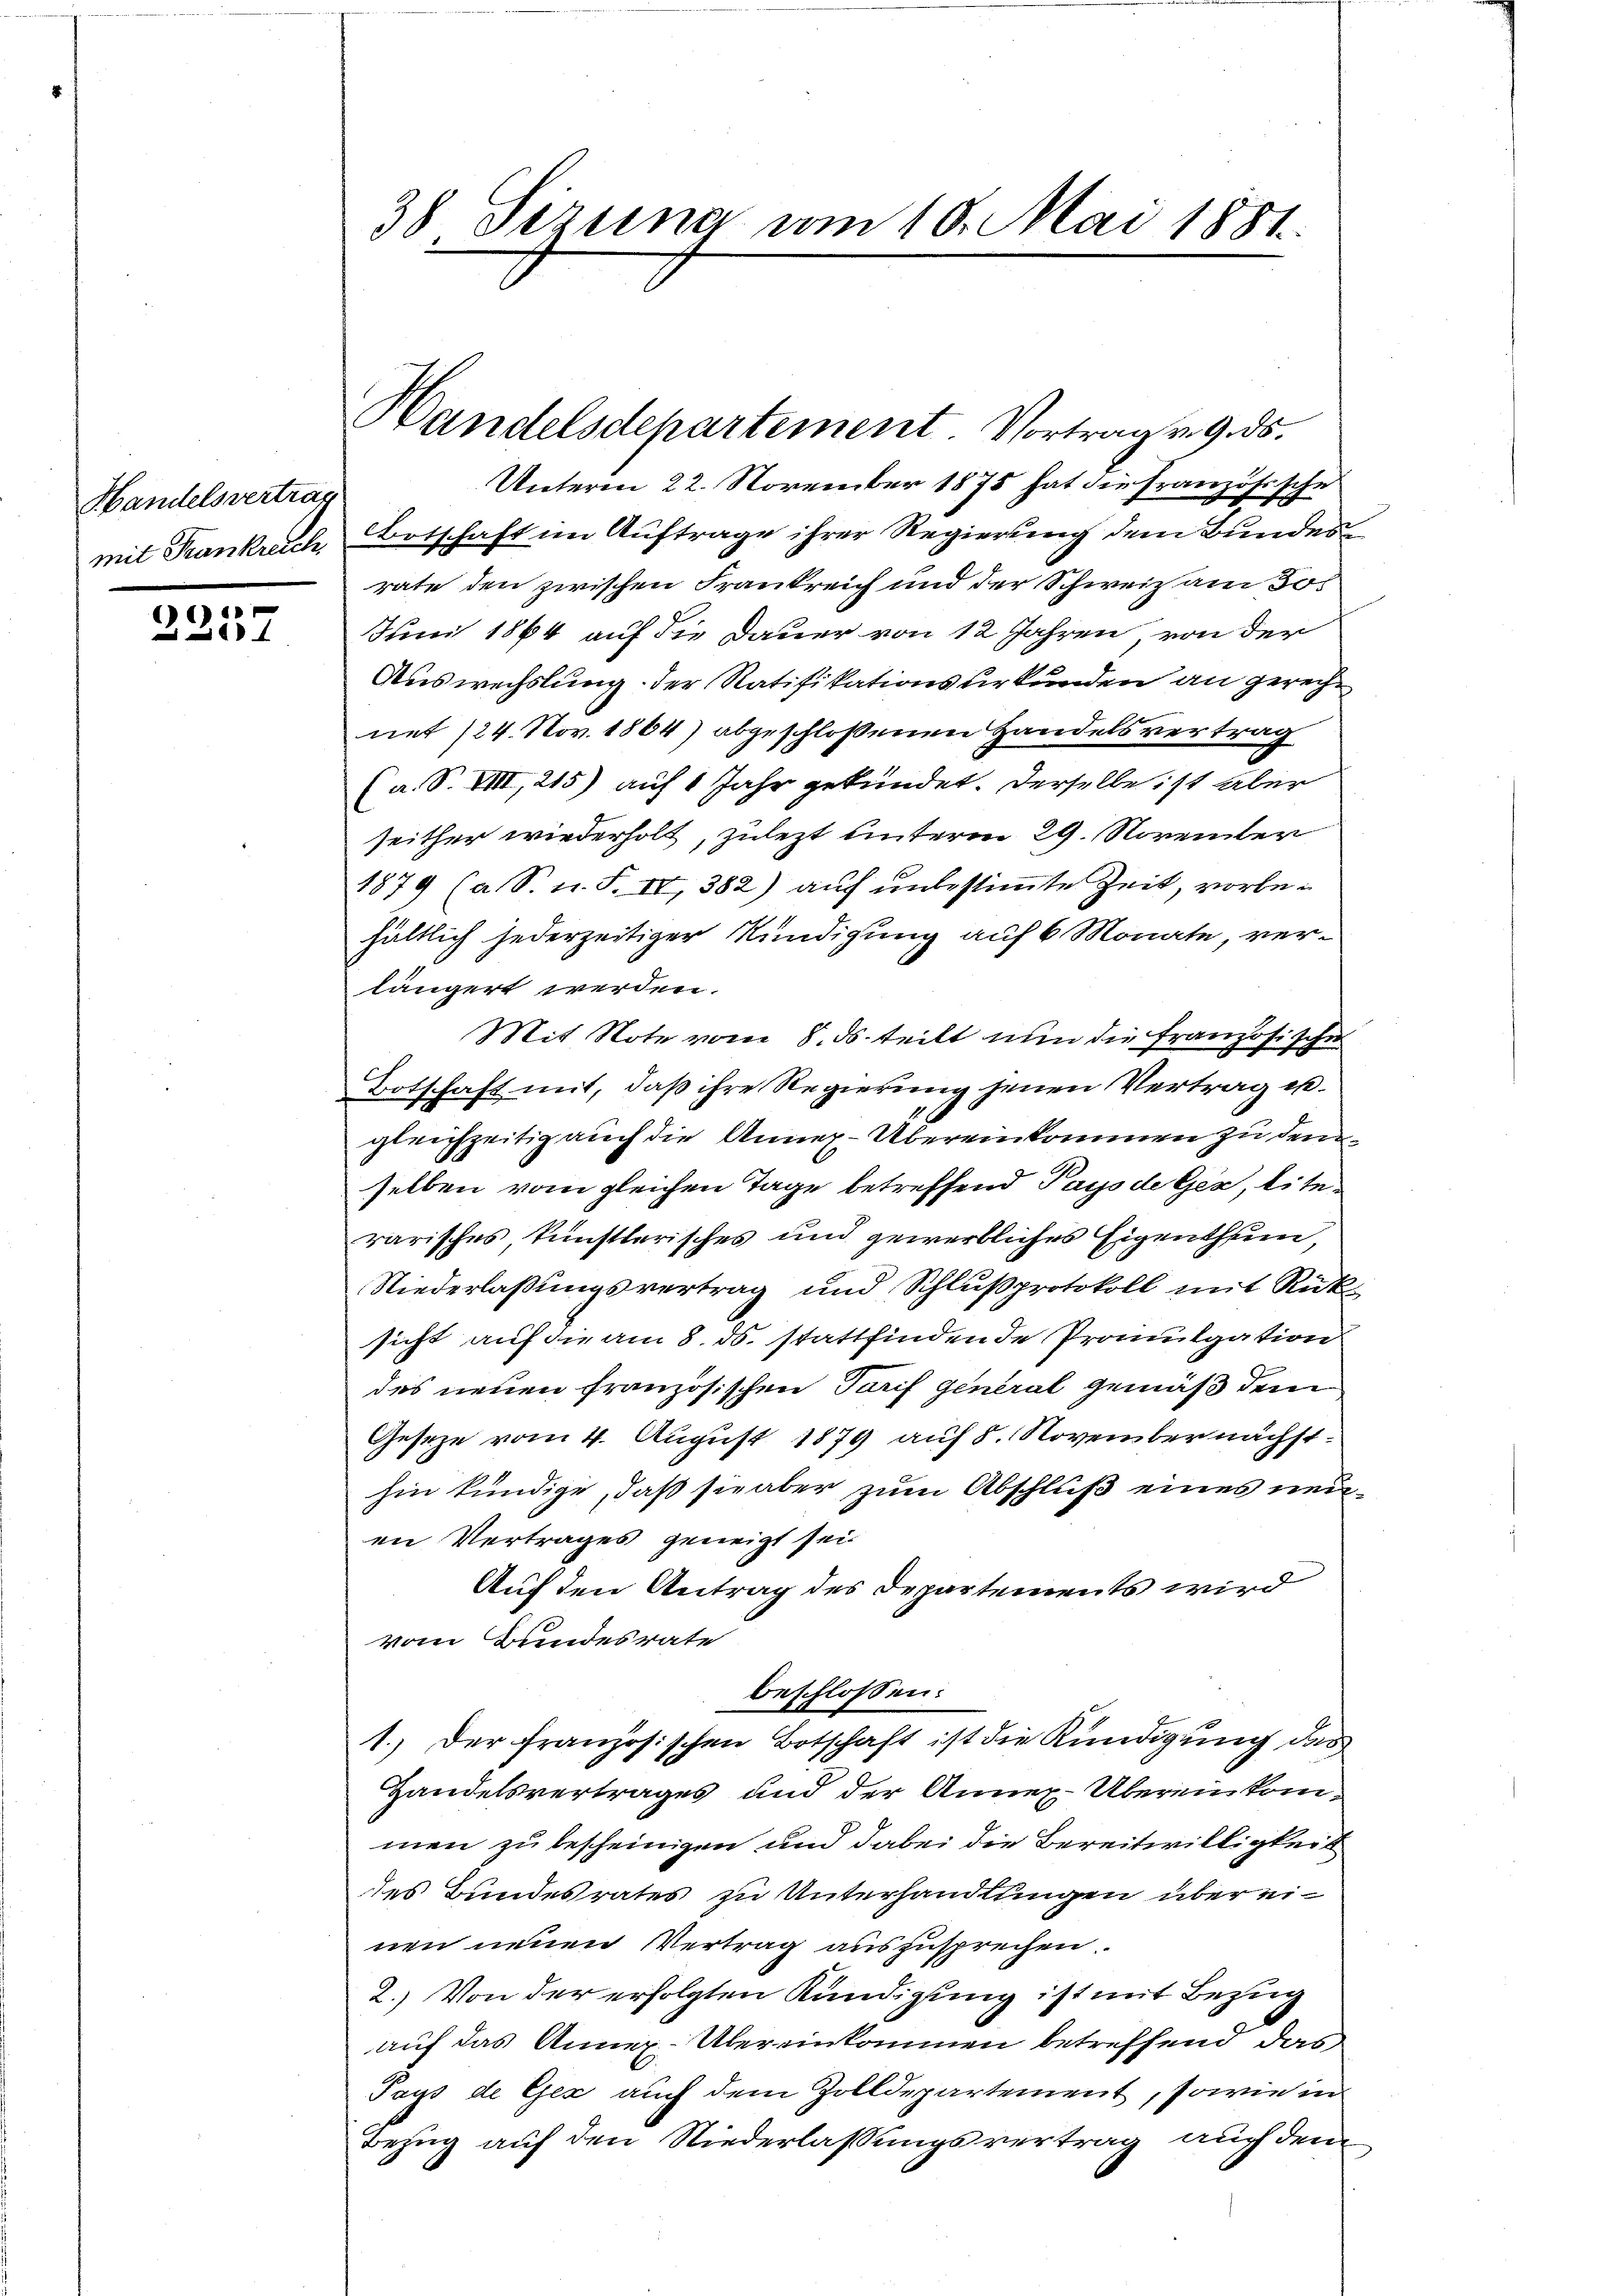
Handelsvertrag

1
280

Unterm 22. November 1875 hat die französische
mit Frankreich Botschaft im Auftrage ihrer Regierung dem Bundesrate den zwischen Frankreich und der Schweiz am Jo¬
Juni 1864 auf die Dauer von 12 Jahren, von der
Auswechslung der Ratifikationsurkunden an gerechnet (24. Nov. 1864) abgeschlossenen Handelsvertrag
(a. S. VIII, 215) auf 1 Jahr gekündet. Derselbe ist aber
seither wiederholt, zulezt unterm 29. November
1879 (a. S. n. F. IV, 382) auf unbestimmte Zeit, vorbehältlich jederzeitiger Kündigung auf 6 Monate, verlängert werden.
Mit Note vom 8. ds. teilt nun die französische
Botschaft mit, daß ihre Regierung jenen Vertrag u.
gleichzeitig auch die Annex-Übereinkommen zu dem
selben vom gleichen Tage betreffend Pays de Gex, literarisches, künstlerisches und gewerbliches Eigenthum,
Niederlaßungsvertrag und Schlußprotokoll mit Rücksicht auf die am 8. ds. stattfindende Promulgation
des neuen französischen Tarif General gemäß dem
Geseze vom 4. August 1879 auf 8. November nächsthin kündige, daß sie aber zum Abschluß eines neuen Vertrages geneigt sei
Auf den Antrag des Departements wird
vom Bundesrate
beschlossen:
1.) Der französischen Botschaft ist die Kündigung das
Handelsvertrages und der Annex-Übereinkommen zu bescheinigen und dabei die Bereitwilligkeit
des Bundesrates zu Unterhandlungen übereinen neuen Vertrag auszusprechen.
2. Von der erfolgten Kündigung ist mit Bezug
auf das Annex. Übereinkommen betreffend das
Pays de Gex, auch dem Zolldepartement, sowie in
Bezug auf den Niederlassungsvertrag auch den

38 Tiziena vom 10. Mai 1881.

Handelsdepartement. Vortrag v. 9. ds.